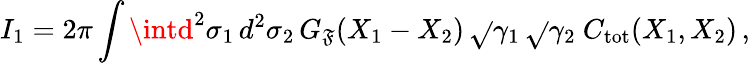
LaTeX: I_{1}=2\pi\int\intd^{2}\sigma_{1}\, d^{2}\sigma_{2}\, G_{\mathfrak{F}}(X_{1}-X_{2})\, \sqrt{}{{\gamma_{1}}}\, \sqrt{}{{\gamma_{2}}}\ C_{\mathrm{{tot}}}(X_{1},X_{2})\, ,